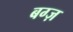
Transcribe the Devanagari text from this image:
बग्ज़